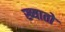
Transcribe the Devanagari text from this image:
ख्यातो